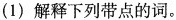
(1)解释下列带点的词。